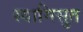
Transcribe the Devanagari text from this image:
स्वामिसुत